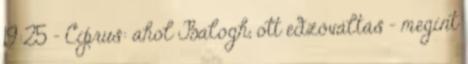
19:25 - Ciprus: ahol Balogh, ott edzőváltás – megint